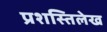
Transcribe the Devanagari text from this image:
प्रशस्तिलेख